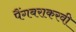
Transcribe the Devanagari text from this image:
पैंगबराकरवी